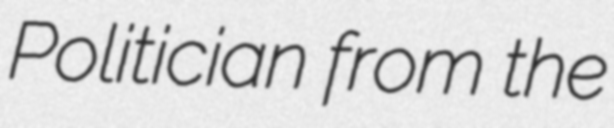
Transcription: Politician from the